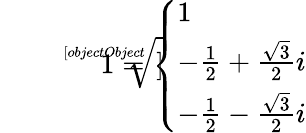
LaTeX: {\sqrt[[objectObject]]{1}}={\left\{ \begin{array}{ll}{1}\\ {-{\frac{1}{2}}+{\frac{\sqrt{3}}{2}}i}\\ {-{\frac{1}{2}}-{\frac{\sqrt{3}}{2}}i}\end{array}\right.}